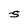
Character: S